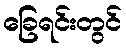
ခြေရင်းတွင်